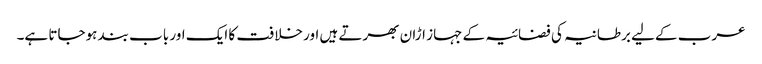
عرب کےلیے برطانیہ کی فضائیہ کے جہاز اڑان بھرتے ہیں اور خلافت کا ایک اور باب بند ہوجاتا ہے۔